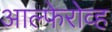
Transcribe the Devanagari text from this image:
आल्फेरोव्ह